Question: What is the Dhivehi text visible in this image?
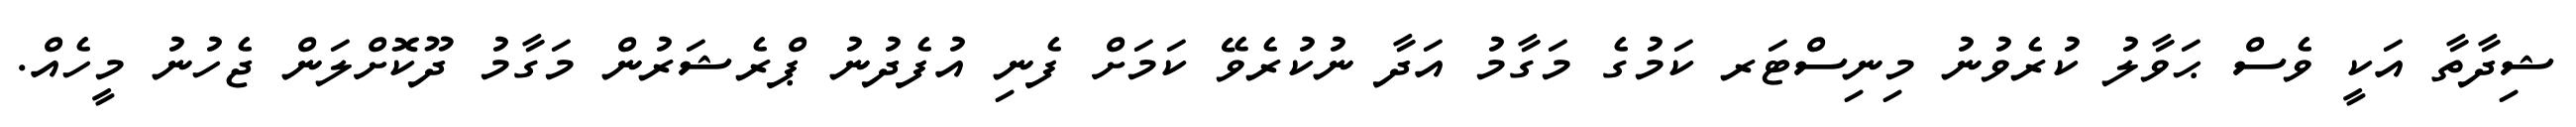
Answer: ޝިދާތާ އަކީ ވެސް ޙަވާލު ކުރެވުނު މިނިސްޓަރ ކަމުގެ މަގާމު އަދާ ނުކުރެވޭ ކަމަށް ފެނި އުފެދުނު ޕްރެޝަރުން މަގާމު ދޫކޮށްލަން ޖެހުނު މީހެއް.